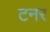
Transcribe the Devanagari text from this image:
टनर